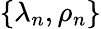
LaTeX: \{ \lambda_{n},\rho_{n}\}